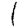
Digit: 1